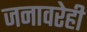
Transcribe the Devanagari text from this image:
जनावरेही